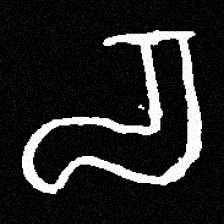
Pyu character \u2014 Myanmar letter: စ (romanized: ca)